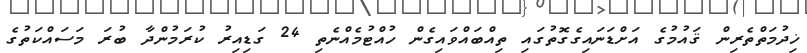
ޚިދުމަތްތެރިން ޤައުމުގެ އަށްޑަނައިގެގޮތުގައި ތިއްބައްވައިގެން ހުއްޓުމެއްނެތި 24 ގަޑިއިރު ކުރަމުންދާ ބުރަ މަސައްކަތުގެ